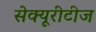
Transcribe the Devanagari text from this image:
सेक्यूरीटीज